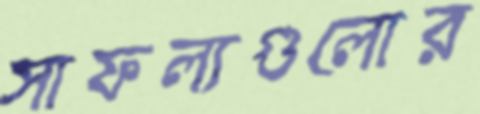
সাফল্যগুলোর